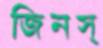
জিনস্